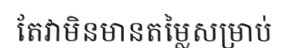
តែវាមិនមានតម្លៃសម្រាប់